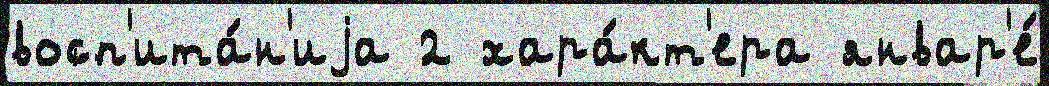
восп'ита́н'иjа 2 хара́кт'ера январ'е́